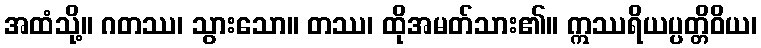
အထံသို့။ ဂတဿ၊ သွားသော။ တဿ၊ ထိုအမတ်သား၏။ ဣဿရိယပ္ပတ္တိဝိယ၊